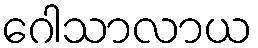
ဂေါသာလာယ